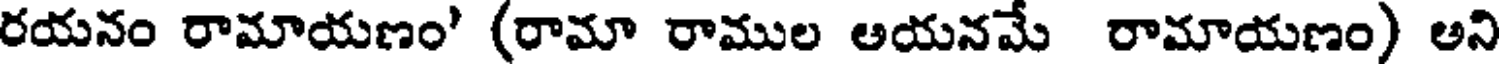
రయనం రామాయణం' (రామా రాముల ఆయనమే రామాయణం) అని